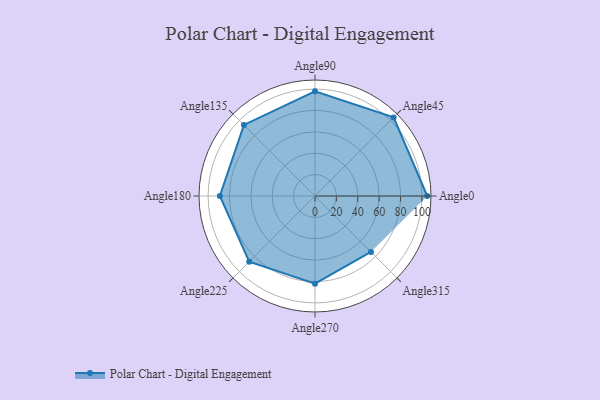
{"axis": {"x": "Angle", "y": "Radius"}, "legend": [""], "data": [{"x": "Angle0", "y": 105.0, "type": ""}, {"x": "Angle45", "y": 104.0, "type": ""}, {"x": "Angle90", "y": 98.0, "type": ""}, {"x": "Angle135", "y": 94.0, "type": ""}, {"x": "Angle180", "y": 89.0, "type": ""}, {"x": "Angle225", "y": 87.0, "type": ""}, {"x": "Angle270", "y": 82.0, "type": ""}, {"x": "Angle315", "y": 74.0, "type": ""}]}